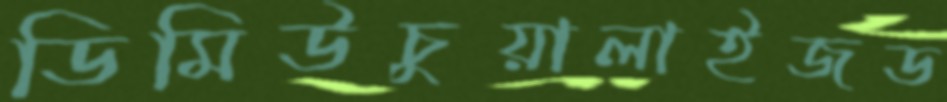
ডিমিউচুয়ালাইজড